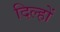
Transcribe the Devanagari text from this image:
दिल्हों